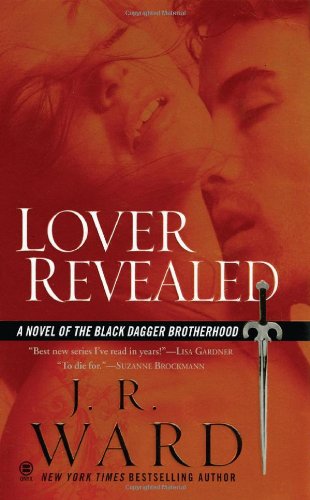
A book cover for Lover Revealed (Black Dagger Brotherhood, Book 4); J.R. Ward; Romance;